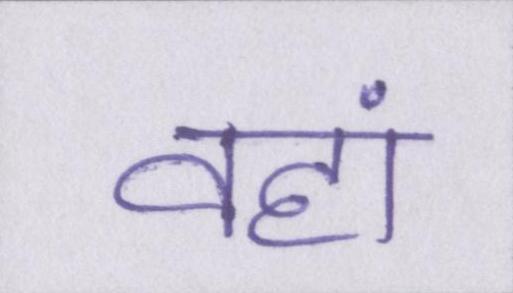
वहां